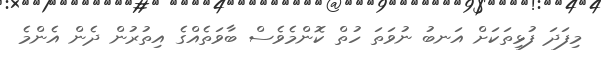
މިފަދަ ފުޅިތަކަށް އަނބު ނުވަތަ ހުތް ކޮންމެވެސް ބާވަތެއްގެ އިތުރުން ދެން އެންމެ